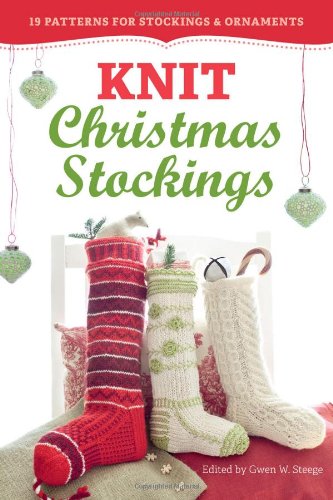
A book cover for Knit Christmas Stockings, 2nd Edition: 19 Patterns for Stockings & Ornaments; Crafts, Hobbies & Home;